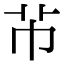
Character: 芇